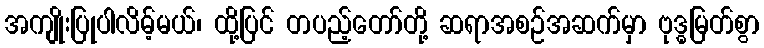
အကျိုးပြုပါလိမ့်မယ်၊ ထို့ပြင် တပည့်တော်တို့ ဆရာအစဉ်အဆက်မှာ ဗုဒ္ဓမြတ်စွာ